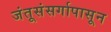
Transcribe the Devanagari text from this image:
जंतूसंसर्गापासून